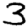
Digit: 3